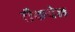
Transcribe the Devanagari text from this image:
रौकवेल